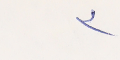
٣